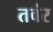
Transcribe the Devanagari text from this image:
तवंर